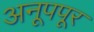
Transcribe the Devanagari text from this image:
अनूपपूर